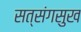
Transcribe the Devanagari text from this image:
सत्संगसुख